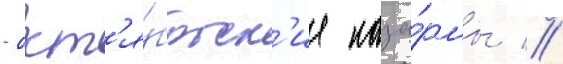
- окт'я́брьск'ие каза́рмы //